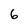
Character: 6